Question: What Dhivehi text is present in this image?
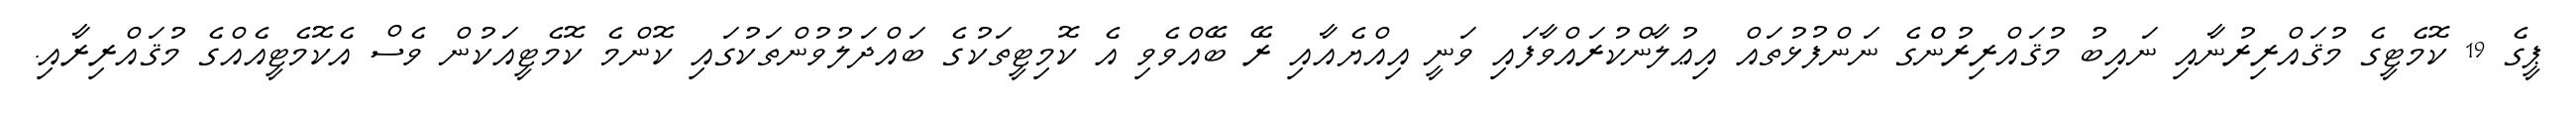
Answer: ޕީގެ 19 ކޮމެޓީގެ މުޤައްރިރުނާއި ނައިބު މުޤައްރިރުންްގެ ނަންފުޅުތައް އިޢުލާންކުރައްވާފައި ވަނީ އިއްޔެއާއި ރޭ ބޭއްވެވި އެ ކޮމިޓީތަކުގެ ބައްދަލުވުންތަކުގައި ކޮންމެ ކޮމެޓީއަކުން ވެސް އެކޮމެޓީއެއްގެ މުޤައްރިރާއި.